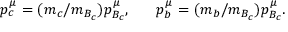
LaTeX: p _ { c } ^ { \mu } = ( m _ { c } / m _ { B _ { c } } ) p _ { B _ { c } } ^ { \mu } , ~ ~ ~ ~ ~ p _ { b } ^ { \mu } = ( m _ { b } / m _ { B _ { c } } ) p _ { B _ { c } } ^ { \mu } .